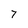
Character: 7